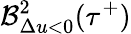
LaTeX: \mathcal{B}_{\Delta u<0}^{2}(\tau^{+})